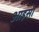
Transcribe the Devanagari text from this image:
आइसा